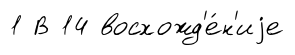
1 В 14 восхожд'е́н'иjе